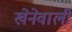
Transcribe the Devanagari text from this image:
खेनेवाली